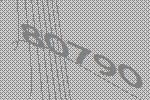
80790